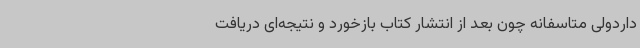
داردولی متاسفانه چون بعد از انتشار کتاب بازخورد و نتیجه‌ای دریافت